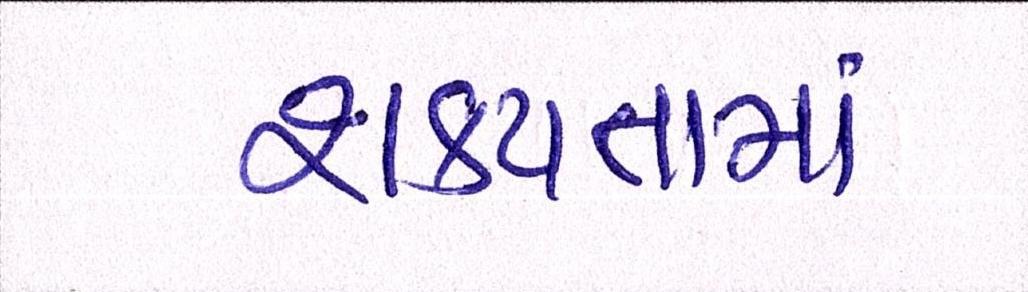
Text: શકયતામાં